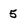
Character: 5